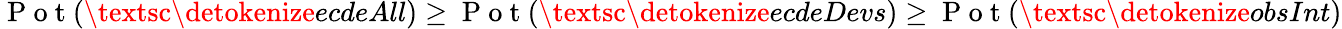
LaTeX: \mathrm{~P~o~t~}(\textsc{\detokenize{ecdeAll}})\geq\mathrm{~P~o~t~}(\textsc{\detokenize{ecdeDevs}})\geq\mathrm{~P~o~t~}(\textsc{\detokenize{obsInt}})